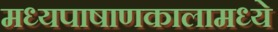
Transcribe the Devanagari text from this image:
मध्यपाषाणकालामध्ये